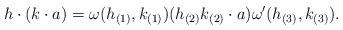
LaTeX: \begin{align*} h \cdot (k \cdot a) = \omega(h_{(1)} , k_{(1)})(h_{(2)}k_{(2)} \cdot a)\omega'(h_{(3)} , k_{(3)}). \end{align*}